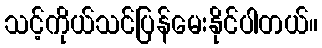
သင့်ကိုယ်သင်ပြန်မေးနိုင်ပါတယ်။